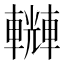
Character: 𨏆